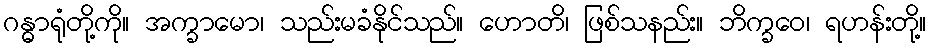
ဂန္ဓာရုံတို့ကို။ အက္ခာမော၊ သည်းမခံနိုင်သည်။ ဟောတိ၊ ဖြစ်သနည်း။ ဘိက္ခဝေ၊ ရဟန်းတို့။